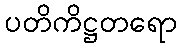
ပတိကိဋ္ဌတရော